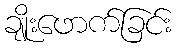
ချိုးဖောက်ခြင်း